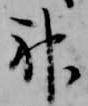
神